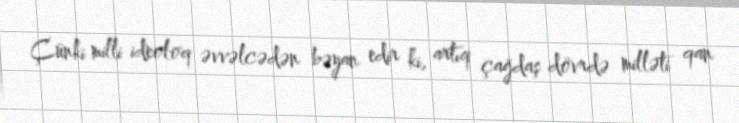
Çünki milli ideoloq əvvəlcədən bəyan edir ki, artıq çağdaş dövrdə milləti qan